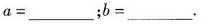
$$a = _____$$；$$b = ______$$。